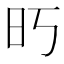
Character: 𰕱